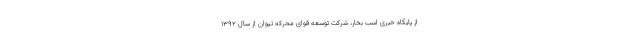
از پایگاه خبری اسب بخار، شرکت توسعه قوای محرکه تیوان از سال ۱۳۹۲